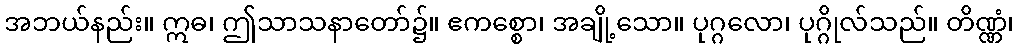
အဘယ်နည်း။ ဣဓ၊ ဤသာသနာတော်၌။ ဧကစ္စော၊ အချို့သော။ ပုဂ္ဂလော၊ ပုဂ္ဂိုလ်သည်။ တိဏ္ဏံ၊